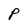
Character: P